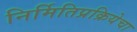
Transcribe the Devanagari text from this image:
निर्मितिप्रक्रियेचा